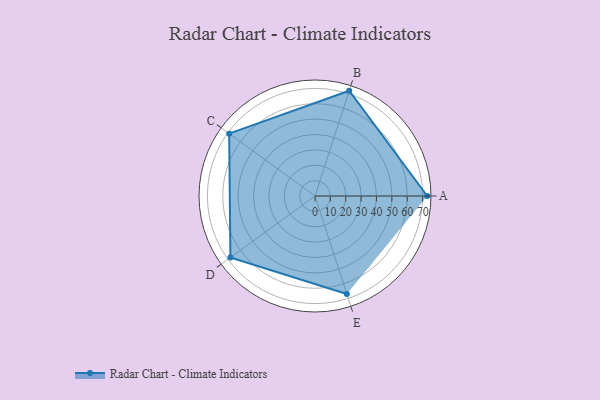
{"axis": {"x": "Skill", "y": "Score"}, "legend": ["Profile"], "data": [{"x": "A", "y": 73.0, "type": "Profile"}, {"x": "B", "y": 72.0, "type": "Profile"}, {"x": "C", "y": 69.0, "type": "Profile"}, {"x": "D", "y": 68.0, "type": "Profile"}, {"x": "E", "y": 67.0, "type": "Profile"}]}